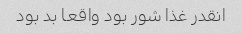
انقدر غذا شور بود واقعا بد بود